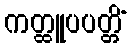
ကတ္ထူပပတ္တိံ